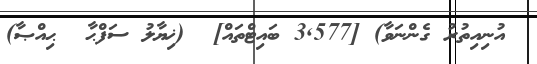
އުނިއިތުރު ގެންނަވާ) [3